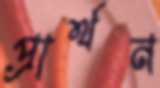
প্রার্থন